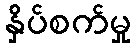
နှိပ်စက်မှု